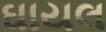
ઘાયલ